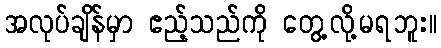
အလုပ်ချိန်မှာ ဧည့်သည်ကို တွေ့လို့မရဘူး။